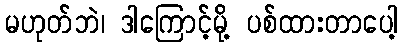
မဟုတ်ဘဲ၊ ဒါကြောင့်မို့ ပစ်ထားတာပေါ့